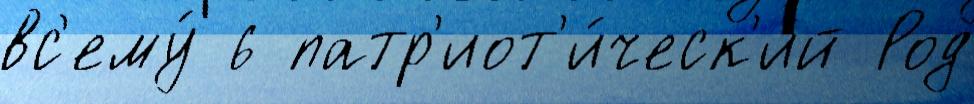
вс'ему́ 6 патр'иот'и́ческ'ий Род